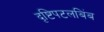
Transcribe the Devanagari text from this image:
दृष्टिपटलबिंब